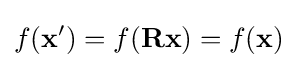
f(\mathbf {x} ')=f(\mathbf {Rx} )=f(\mathbf {x} )